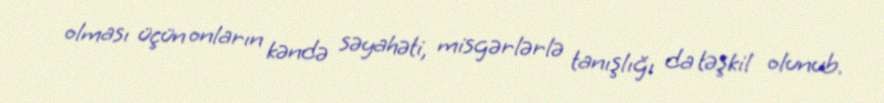
olması üçün onların kəndə səyahəti, misgərlərlə tanışlığı da təşkil olunub.